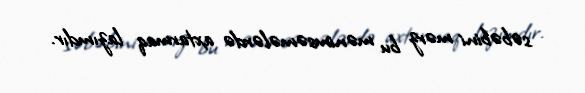
səbəbini mərz bu mənimsəmələrdə axtarmaq lazımdır.